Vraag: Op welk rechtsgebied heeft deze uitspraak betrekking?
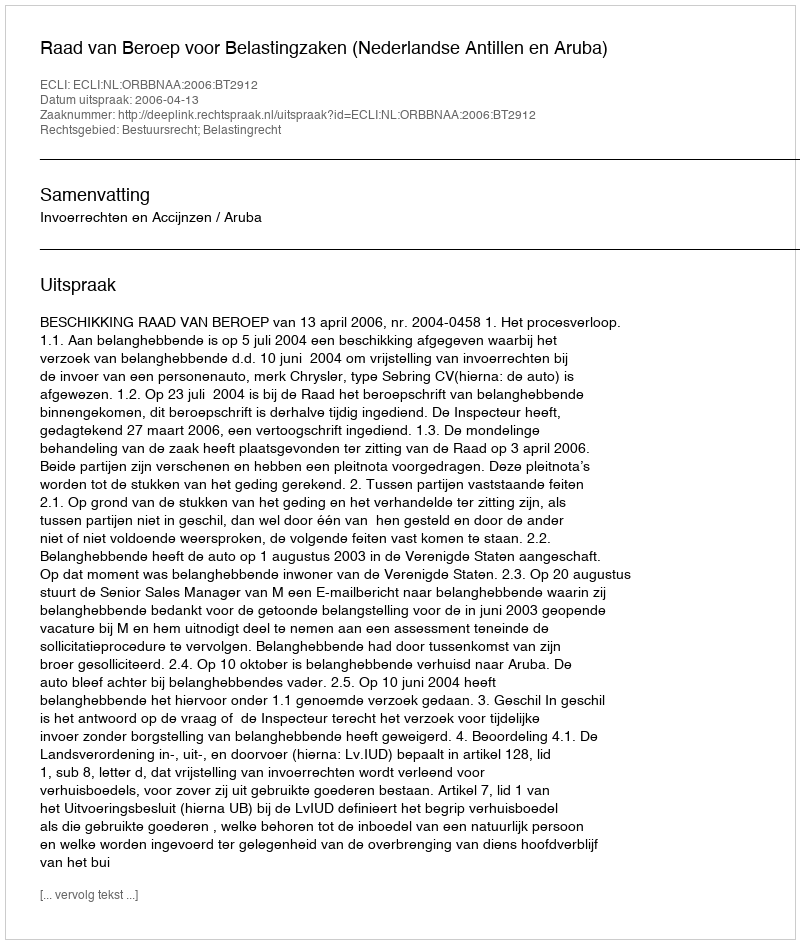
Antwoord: Bestuursrecht; Belastingrecht